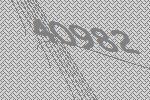
40982